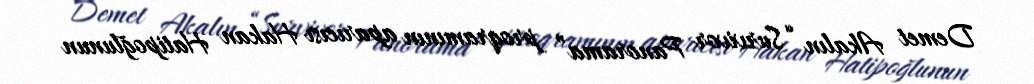
Demet Akalın “Survivor Panorama” proqramının aparıcısı Hakan Hatipoğlunun